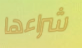
شراءها